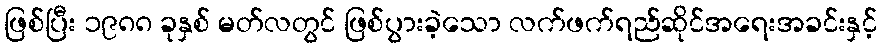
ဖြစ်ပြီး ၁၉၈၈ ခုနှစ် မတ်လတွင် ဖြစ်ပွားခဲ့သော လက်ဖက်ရည်ဆိုင်အရေးအခင်းနှင့်